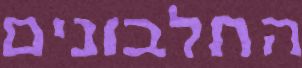
החלבונים